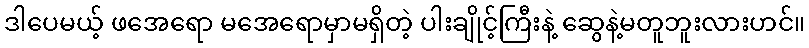
ဒါပေမယ့် ဖအေရော မအေရောမှာမရှိတဲ့ ပါးချိုင့်ကြီးနဲ့ ဆွေနဲ့မတူဘူးလားဟင်။